Vaccination in Burma 1920-1933 - 1920-1933
Year: 1920
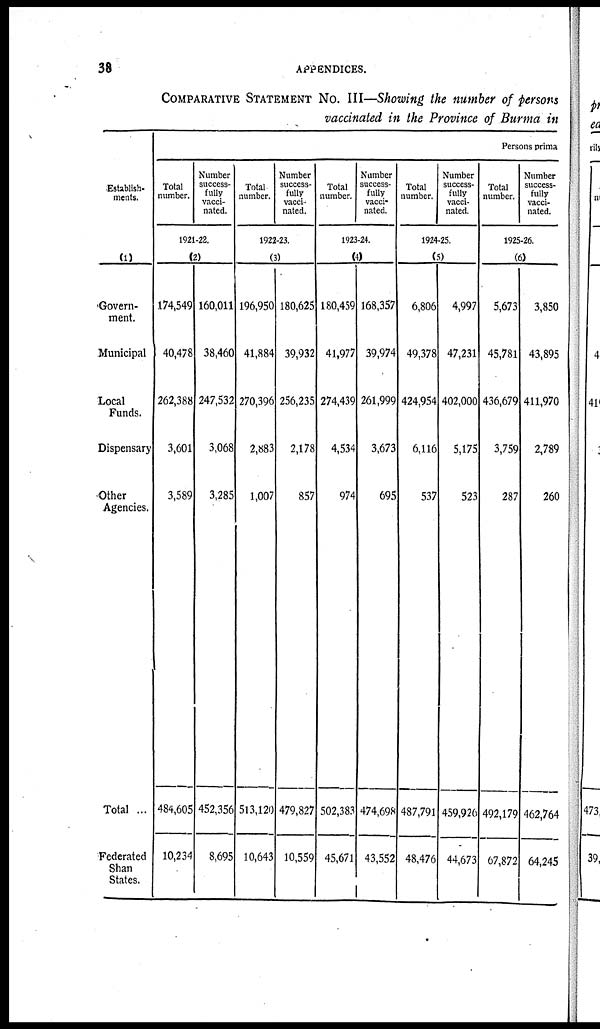
38
APPENDICES.
COMPARATIVE STATEMENT NO. III—Showing the number of persons
vaccinated in the Province of Burma in
Establish-
ments.
(1)
Govern-
ment.
Municipal
Local
Funds.
Dispensary
Other
Agencies.
Total ...
Federated
Shan
States.
Persons prima
Total
number.
Number
success-
fully
vacci-
nated.
1921-22.
(2)
174,549
40,478
262,388
3,601
3,589
484,605
10,234
160,011
38,460
247,532
3,068
3,285
452,356
8,695
Total
number.
Number
success-
fully
vacci-
nated.
1922-23.
(3)
196,950
41,884
270,396
2,883
1,007
513,120
10,643
180,625
39,932
256,235
2,178
857
479,827
10,559
Total
number.
Number
success-
fully
vacci-
nated.
1923-24.
(4)
180,459
41,977
274,439
4,534
974
502,383
45,671
168,357
39,974
261,999
3,673
695
474,698
43,552
Total
number.
Number
success-
fully
vacci-
nated.
1924-25.
(5)
6,806
49,378
424,954
6,116
537
487,791
48,476
4,997
47,231
402,000
5,175
523
459,926
44,673
Total
number.
Number
success-
fully
vacci-
nated.
1925-26.
(6)
5,673
45,781
436,679
3,759
287
492,179
67,872
3,850
43,895
411,970
2,789
260
462,764
64,245